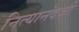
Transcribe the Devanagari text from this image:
नित्यानंदजी